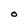
Character: O